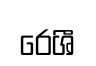
රෙශී